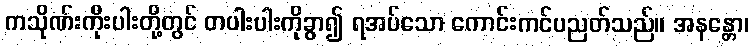
ကသိုဏ်းကိုးပါးတို့တွင် တပါးပါးကိုခွာ၍ ရအပ်သော ကောင်းကင်ပညတ်သည်။ အနန္တော၊